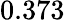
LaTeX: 0.373